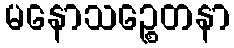
မနောသဉ္စေတနာ